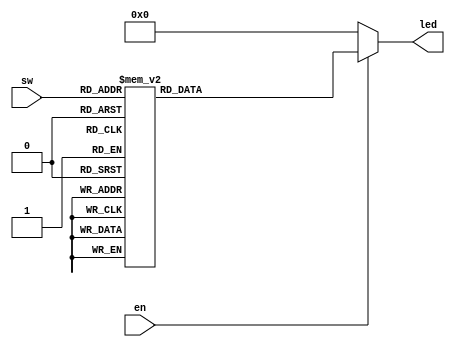
//counter38.v LED
module counter38 (en, sw, led);
  input en;             //
  input [2:0] sw;       //
  output reg [7:0] led; //LED
  
  //alwaysswswalways
  always @(sw) begin
    if (en) begin
      case(sw)
        3'b000:	led = 8'b0000_0001;        3'b001:	led = 8'b0000_0011;
        3'b010:	led = 8'b0000_0111;        3'b011:	led = 8'b0000_1111;
        3'b100:	led = 8'b0001_1111;        3'b101:	led = 8'b0011_1111;
        3'b110:	led = 8'b0111_1111;        3'b111:	led = 8'b1111_1111;
        default:	;
      endcase
    end
    else    led = 8'b0;
  end

endmodule